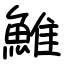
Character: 䱦